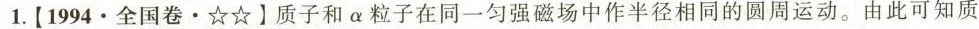
1.[1994 · 全国卷 · ☆☆】质子和α粒子在同一匀强磁场中作半径相同的圆周运动。由此可知质